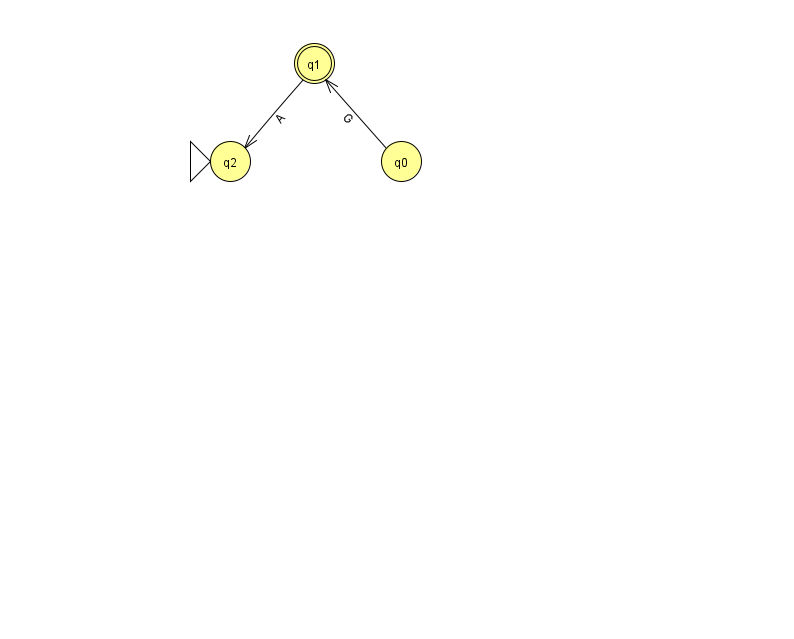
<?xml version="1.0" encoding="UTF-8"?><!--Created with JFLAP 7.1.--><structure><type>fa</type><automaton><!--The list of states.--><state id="0" name="q0"><x>401.0</x><y>148.0</y></state><state id="1" name="q1"><x>314.0</x><y>50.0</y><final/></state><state id="2" name="q2"><x>230.0</x><y>148.0</y><initial/></state><!--The list of transitions.--><transition><from>1</from><to>2</to><read>A</read></transition><transition><from>0</from><to>1</to><read>G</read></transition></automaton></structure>